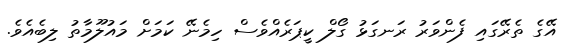
އޭގެ ތެރޭގައި ފެންވަރު ރަނގަޅު ގޯލް ކީޕަރެއްވެސް ހިމެނޭ ކަމަށް މައުލޫމާތު ލިބެއެވެ.